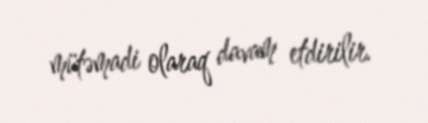
mütəmadi olaraq davam etdirilir.